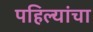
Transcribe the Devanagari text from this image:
पहिल्यांचा